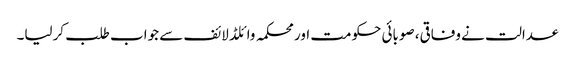
عدالت نے وفاقی، صوبائی حکومت اور محکمہ وائلڈ لائف سے جواب طلب کرلیا۔